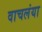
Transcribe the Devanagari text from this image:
वाचलंया